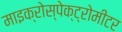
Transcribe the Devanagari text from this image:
माइक्रोस्पेक्ट्रोमीटर